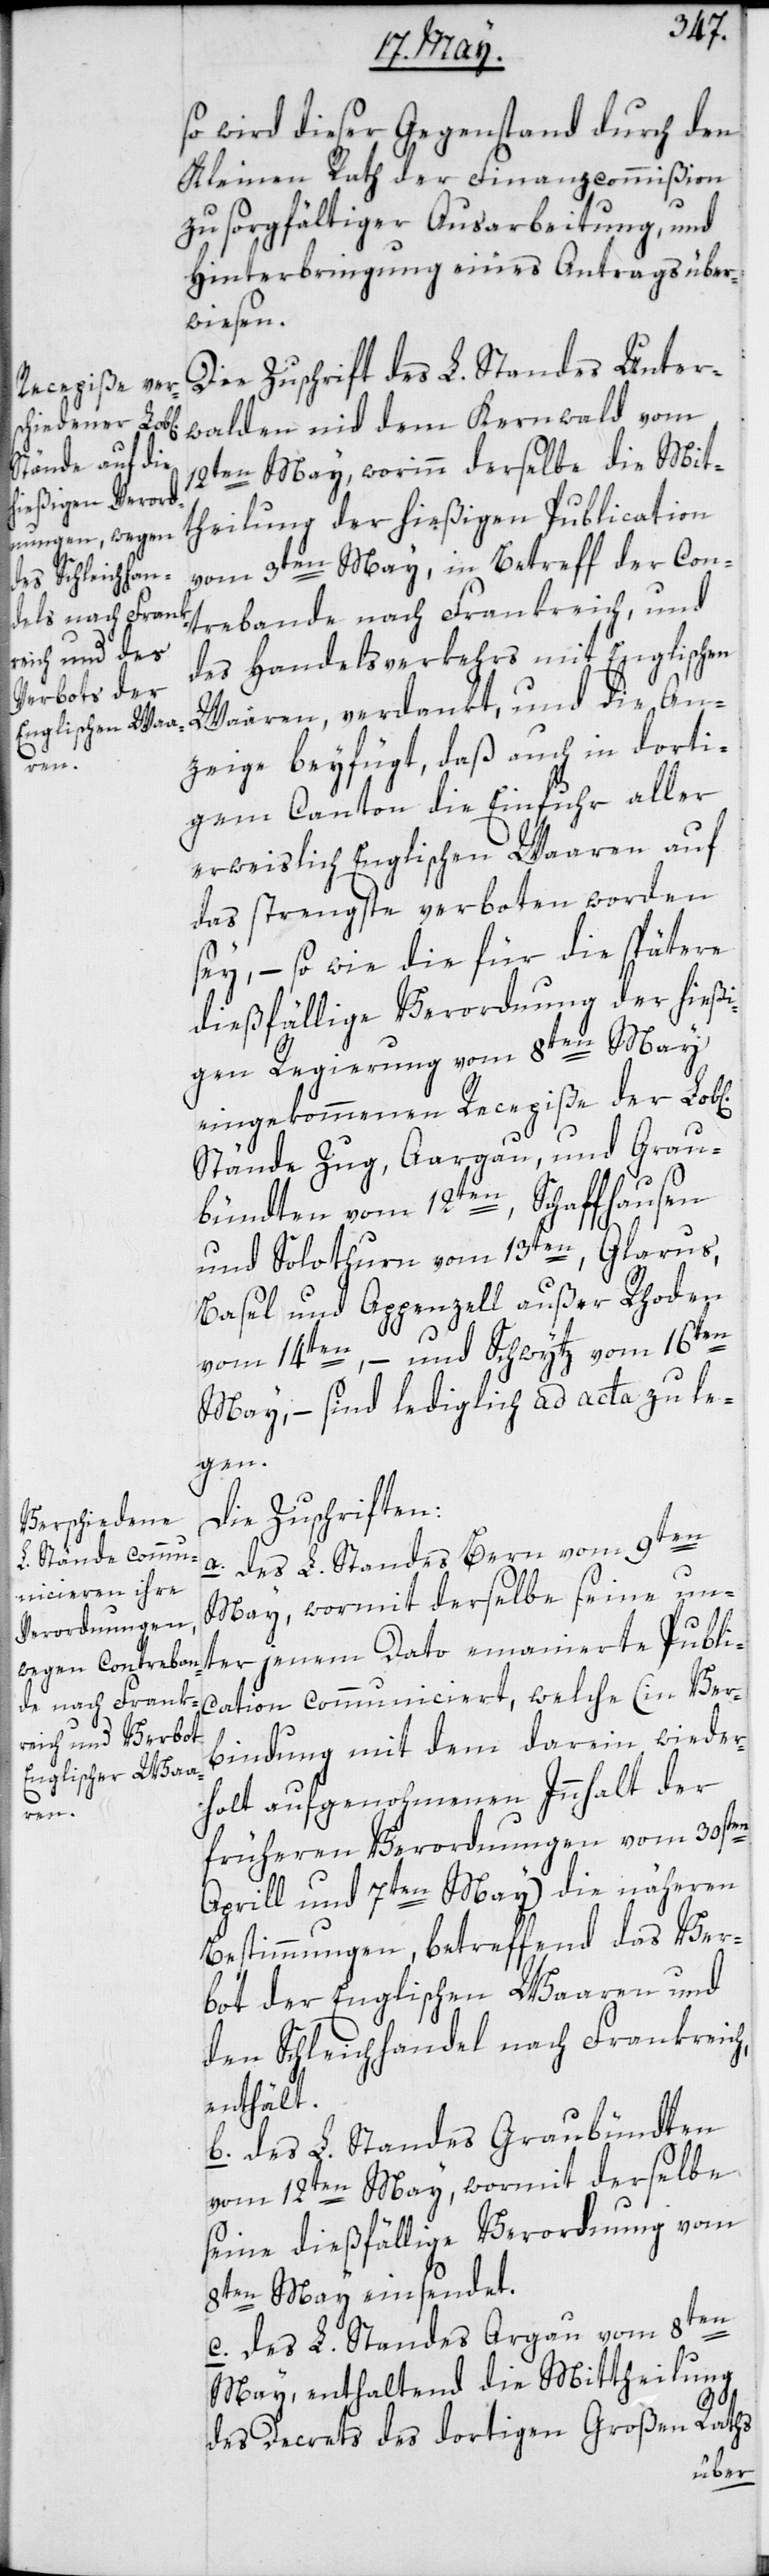
chen]

so wird dieser Gegenstand durch den
Kleinen Rath der Finanzcommißion
zu sorgfältiger Ausarbeitung und
Hinterbringung eines Antrags über¬
wiesen.
Die Zuschrift des L. Standes Unter¬
walden nid dem Kernwald vom
12ten May, worinn derselbe die Mit¬
theilung der hießigen Publication
vom 3ten May, in Betreff der Con¬
trebande nach Frankreich, und
des Handelsverkehrs mit Englischen
Waaren verdankt, und die An¬
zeige beyfügt, daß auch in dorti¬
gem Canton die Einfuhr aller
erweislich Englischen Waaren auf
das strengste verboten worden
sey, – so wie die für die spätere
dießfällige Verordnung der hießi¬
gen Regierung vom 8ten May,
eingekommenen Recepiße der Lob[li¬
Stände Zug, Aargau und Grau¬
bündten vom 12ten, Schaffhausen
und Solothurn vom 13ten, Glarus,
Basel und Appenzell außer Rhoden
vom 14ten, – und Schwytz vom 16ten
May, – sind lediglich ad acta zu le¬
gen.
Die Zuschriften:
a) Des L. Standes Bern vom 9ten
May, wormit derselbe seine un¬
ter jenem Dato emanierte Publi¬
cation communiciert, welche (in Ver¬
bindung mit dem darein wieder¬
holt aufgenohmenen Innhalt der
früheren Verordnungen vom 30sten
Aprill und 7ten May) die näheren
Bestimmungen, betreffend das Ver¬
bot der Englischen Waaren und
den Schleichhandel nach Frankreich
enthält.
b) Des L. Standes Graubündten
vom 12ten May, wormit derselbe
seine dießfällige Verordnung vom
8ten May einsendet.
c) Des L. Standes Argau vom 8ten
May, enthaltend die Mittheilung
des Decrets des dortigen Großen Raths